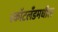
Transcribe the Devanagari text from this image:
स्कॉटलँडमधील